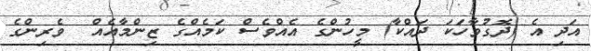
އަދި އެ (ދޮގުވާހަކަ ދައްކާ) މީހުންގެ އެއްވެސް ކަމެއްގެ ޒިންމާއެއް  ވެރިންގެ